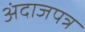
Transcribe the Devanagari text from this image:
अंदाजपत्र